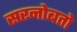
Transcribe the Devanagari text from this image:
सरनोबतो